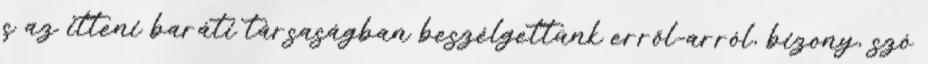
s az itteni baráti társaságban beszélgettünk erről-arról, bizony, szó